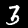
Label: 3